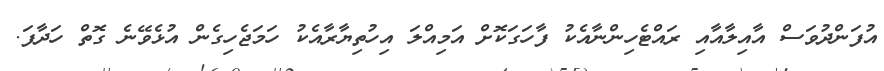
އުފަންދުވަސް އާއިލާއާއި ރައްޓެހިންނާއެކު ފާހަގަކޮށް އަމިއްލަ އިހުތިޔާރާއެކު ހަމަޖެހިގެން އުޅެވޭނެ ގޮތް ހަދާފަ.